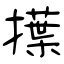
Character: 擛